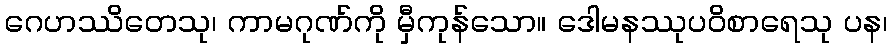
ဂေဟဿိတေသု၊ ကာမဂုဏ်ကို မှီကုန်သော။ ဒေါမနဿုပဝိစာရေသု ပန၊